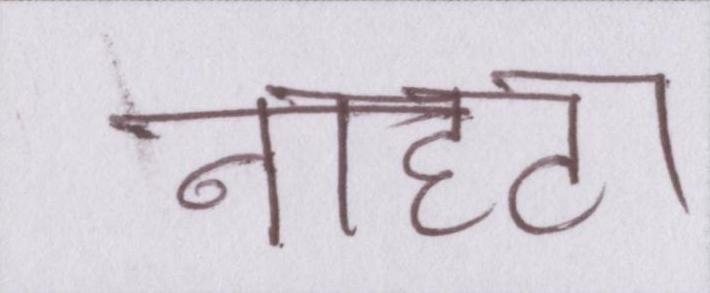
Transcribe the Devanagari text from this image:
नाहटा